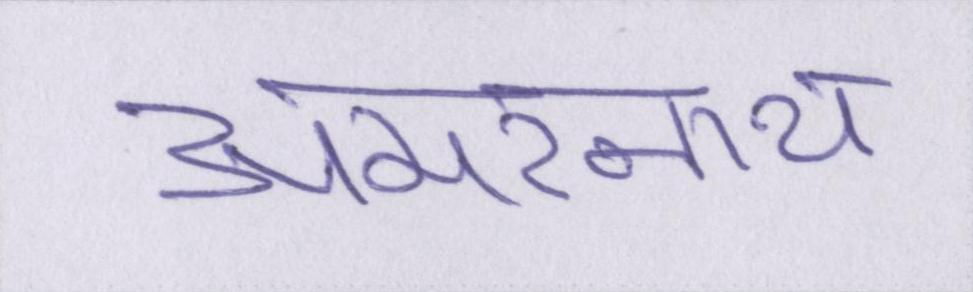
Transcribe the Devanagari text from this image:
अमरनाथ